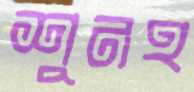
শুনহ